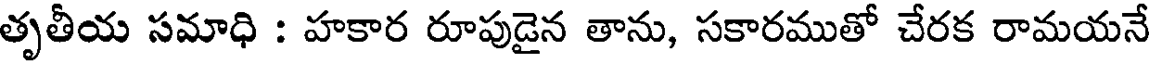
తృతీయ సమాధి : హకార రూపుడైన తాను, సకారముతో చేరక రామయనే